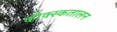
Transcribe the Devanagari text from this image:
कौक्स्कतालन